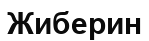
Жиберин